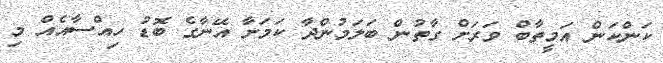
ކަންކަން އަމީތާބް ވަރަށް ގާތުން ބަލަމުންދާ ކަމަށާ އޭނާގެ ބޮޑު ހިއްސާއެއް މި